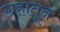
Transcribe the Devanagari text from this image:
ग्रहातून